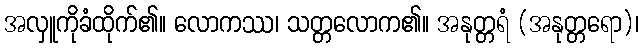
အလှူကိုခံထိုက်၏။ လောကဿ၊ သတ္တလောက၏။ အနုတ္တရံ (အနုတ္တရော)၊